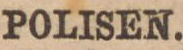
POLISEN.